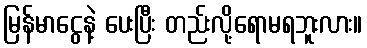
မြန်မာငွေနဲ့ ပေးပြီး တည်းလို့ရောမရဘူးလား။